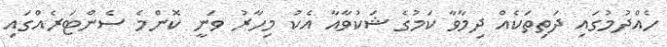
ހެއްދުމުގައި ދަތިތަކެއް ދިމާވާ ކަމުގެ ޝަކުވާއާ އެކު މިހާރު ވަނީ ކޮންމެ ސެންޓަރެއްގައި